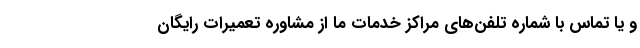
و یا تماس با شماره‌ تلفن‌های مراکز خدمات ما از مشاوره تعمیرات رایگان